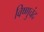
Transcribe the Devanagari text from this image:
विष्णुचंद